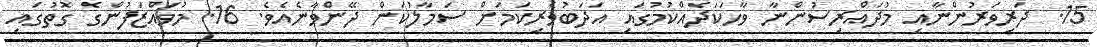
15. ދަރިވަރުންނާއި މުދައްރިސުންނާ ވާހަކަދެއްކުމުގައި އަދަބުވެރިކަމަށް ސަމާލުކަން ދޭންވާނެއެވެ. 16. މުވައްޒަފުންގެ ގޮތުގައި